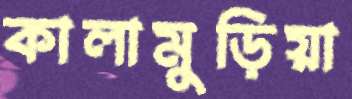
কালামুড়িয়া